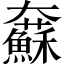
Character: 𡚢